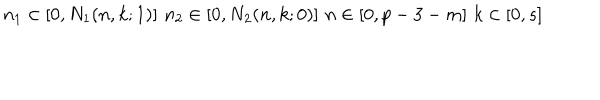
n _ { 1 } \in [ 0 , N _ { 1 } ( n , k ; 1 ) ] \, \, n _ { 2 } \in [ 0 , N _ { 2 } ( n , k ; 0 ) ] \, \, n \in [ 0 , p - 3 - m ] \, \, k \in [ 0 , s ]